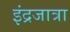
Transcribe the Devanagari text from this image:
इंद्रजात्रा